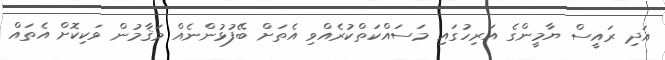
އަދި ރައީސް ޔާމީންގެ އަރިހުގައި މަސައްކަތްކުރެއްވި އެތަށް ބޭފުޅުންނެއް މަޤާމުން ވަކިކޮށް އެތައް